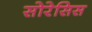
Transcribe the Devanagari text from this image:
सोरेसिस